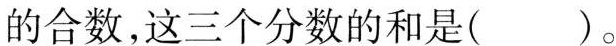
的合数，这三个分数的和是（ ）。